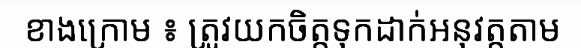
ខាងក្រោម ៖ ត្រូវយកចិត្តទុកដាក់អនុវត្តតាម